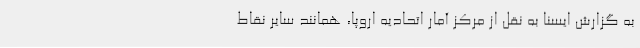
به گزارش ایسنا به نقل از مرکز آمار اتحادیه اروپا، همانند سایر نقاط